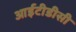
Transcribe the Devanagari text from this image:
आईटीडीसी